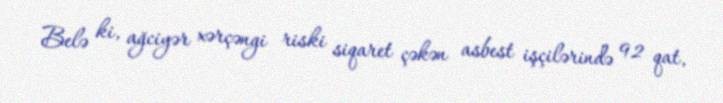
Belə ki, ağciyər xərçəngi riski siqaret çəkən asbest işçilərində 92 qat,